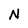
Character: N